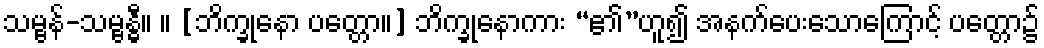
သမ္ဗန်-သမ္ဗန္ဓီ။ ။ [ဘိက္ခုနော ပတ္တော။] ဘိက္ခုနောကား “၏”ဟူ၍ အနက်ပေးသောကြောင့် ပတ္တော၌